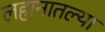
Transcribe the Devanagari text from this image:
लहानातल्या